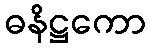
ဓနိဋ္ဌကော